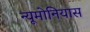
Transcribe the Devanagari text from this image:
न्यूमोनियास